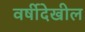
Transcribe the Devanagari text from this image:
वर्षीदेखील